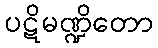
ပဋိမဏ္ဍိတော